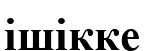
ішікке